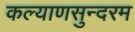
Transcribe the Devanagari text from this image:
कल्याणसुन्दरम